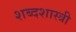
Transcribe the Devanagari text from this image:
शब्दशास्त्री